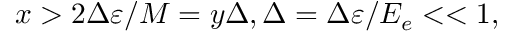
x > 2 \Delta \varepsilon / M = y \Delta , \Delta = \Delta \varepsilon / E _ { e } < < 1 ,